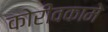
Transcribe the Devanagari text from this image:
कोरीवकामे